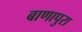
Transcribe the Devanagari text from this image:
बाणापुरा